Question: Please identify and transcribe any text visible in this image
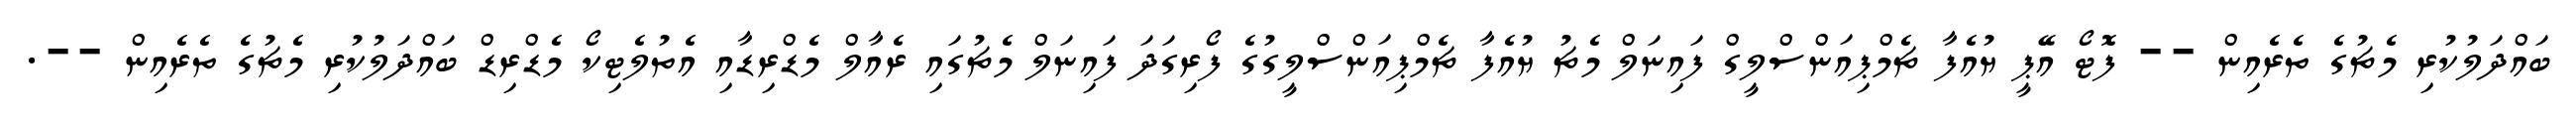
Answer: ބައްދަލުކުރި މެޗުގެ ތެރެއިން -- ފޮޓޯ އޭޕީ ޔުއެފާ ޗެމްޕިއަންސްލީގް ފައިނަލް މެޗު ޔުއެފާ ޗެމްޕިއަންސްލީގުގެ ފޯރިގަދަ ފައިނަލް މެޗުގައި ރެއާލް މެޑްރިޑާއި އެތުލެޓިކޯ މެޑްރިޑް ބައްދަލުކުރި މެޗުގެ ތެރެއިން --.